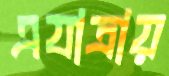
এযাত্রায়